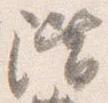
階